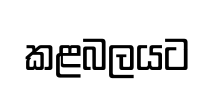
කළබලයට